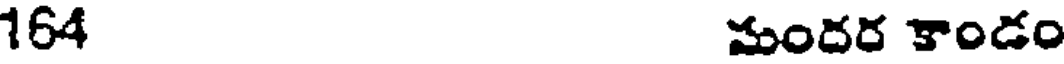
164 మందర కాండం